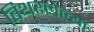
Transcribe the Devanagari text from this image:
बिथरलेल्या